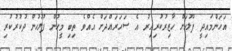
އަހަންމައިދީ ފުލުހަށް ހާޒިރުކުރިއިރު އެ ސަހަރައްދަށް އެއްވެ ތިބި މީހުން ފުލުހުން ދުކުރުކުރި